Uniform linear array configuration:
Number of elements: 12
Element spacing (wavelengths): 0.5
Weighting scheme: blackman
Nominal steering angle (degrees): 15
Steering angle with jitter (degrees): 16.585
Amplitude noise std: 0.05
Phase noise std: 0.05

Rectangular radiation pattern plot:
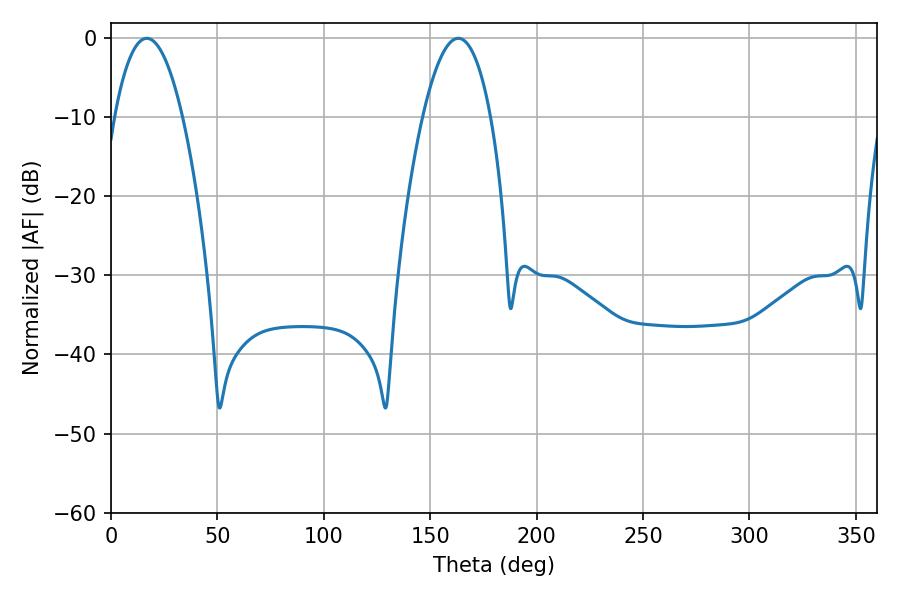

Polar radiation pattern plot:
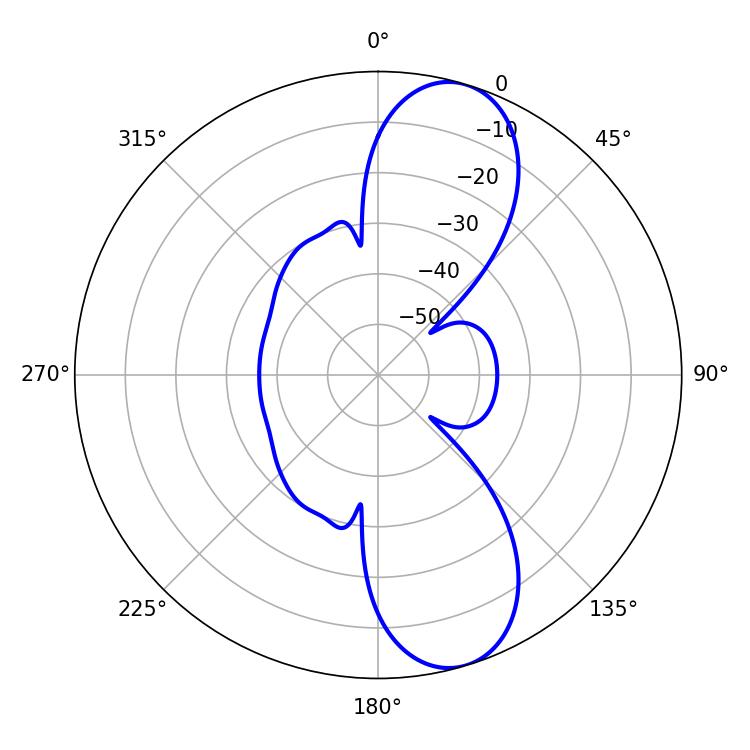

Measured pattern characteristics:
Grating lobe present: FALSE
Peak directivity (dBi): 10.134
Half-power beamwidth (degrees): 17.64
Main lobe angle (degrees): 16.74